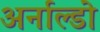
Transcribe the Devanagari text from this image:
अर्नाल्डो